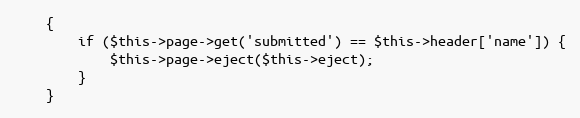
Language: PHP
    {
        if ($this->page->get('submitted') == $this->header['name']) {
            $this->page->eject($this->eject);
        }
    }